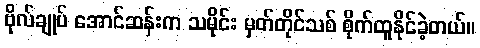
ဗိုလ်ချုပ် အောင်ဆန်းက သမိုင်း မှတ်တိုင်သစ် စိုက်ထူနိုင်ခဲ့တယ်။